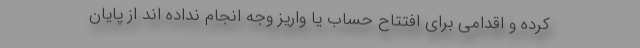
کرده و اقدامی برای افتتاح حساب یا واریز وجه انجام نداده اند از پایان